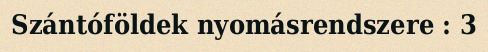
Szántóföldek nyomásrendszere : 3